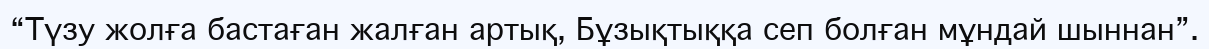
“Түзу жолға бастаған жалған артық, Бұзықтыққа сеп болған мұндай шыннан”.